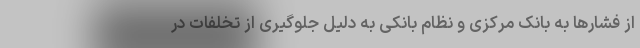
از فشارها به بانک مرکزی و نظام بانکی به دلیل جلوگیری از تخلفات در